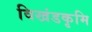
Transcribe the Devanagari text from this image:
विखंडकृमि